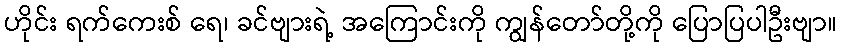
ဟိုင်း ရက်ကေးစ် ရေ၊ ခင်ဗျားရဲ့ အကြောင်းကို ကျွန်တော်တို့ကို ပြောပြပါဦးဗျာ။